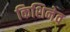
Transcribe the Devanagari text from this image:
किशिनेव